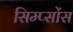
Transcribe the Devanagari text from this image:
सिम्प्सोंस